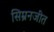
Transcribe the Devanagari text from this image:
सिम्रनजीत